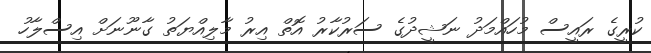
ކުރީގެ ރައީސް މުހައްމަދު ނަޝީދުގެ ސަރުކާރު އޮތް އިރު މާލިއްޔަތު ގާނޫނަށް އިސްލާހު